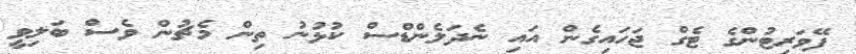
ފޭވަރިޓުންގެ ޓެގް ޖަހައިގެން އައި ނެދަލެންޑްސް ކުޅުނު ތިން މެޗުން ވެސް ބަލިވީ